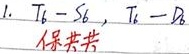
1. \(T_{6}-S_{6}\)，\(T_{6}-D_{6}\)保共